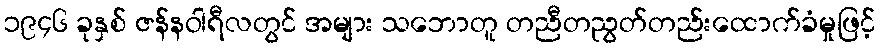
၁၉၄၆ ခုနှစ် ဇန်နဝါရီလတွင် အများ သဘောတူ တညီတညွတ်တည်းထောက်ခံမှုဖြင့်